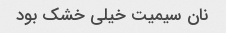
نان سیمیت خیلی خشک بود